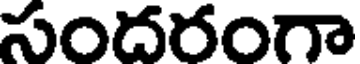
సందరంగా